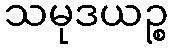
သမုဒယဉ္စ